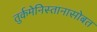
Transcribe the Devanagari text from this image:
तुर्कमेनिस्तानासोबत